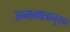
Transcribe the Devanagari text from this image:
जन्मनक्षत्रानुसार